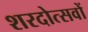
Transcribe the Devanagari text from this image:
शरदोत्सवों